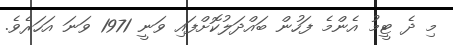
މި ދެ ޓީމު އެންމެ ފަހުން ބައްދަލުކޮށްފައި ވަނީ 1971 ވަނަ އަހަރެވެ.